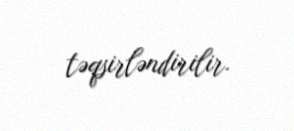
təqsirləndirilir.